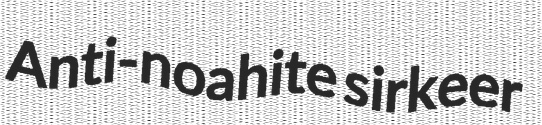
Anti-noahite sirkeer